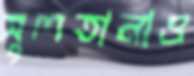
সুলতানাও